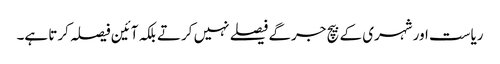
ریاست اور شہری کے بیچ جرگے فیصلے نہیں کرتے بلکہ آئین فیصلہ کرتا ہے۔